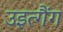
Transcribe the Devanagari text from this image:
उइत्गैंग